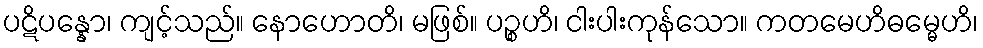
ပဋိပန္နော၊ ကျင့်သည်။ နောဟောတိ၊ မဖြစ်။ ပဉ္စဟိ၊ ငါးပါးကုန်သော။ ကတမေဟိဓမ္မေဟိ၊